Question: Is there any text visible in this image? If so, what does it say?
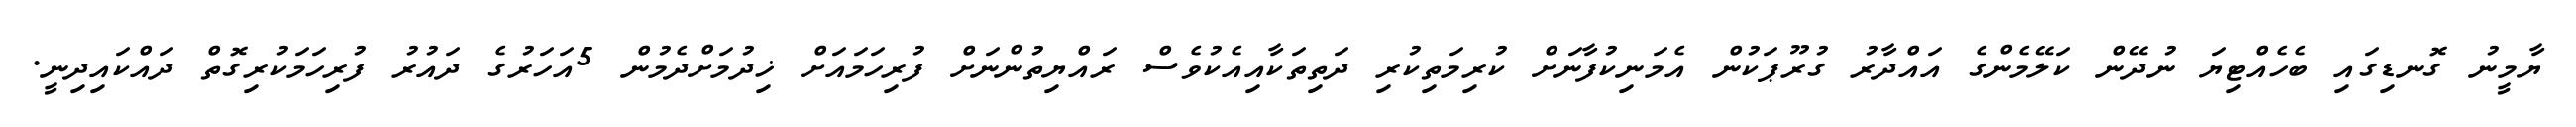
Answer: ޔާމީނު ގޮނޑިގައި ބެހެއްޓިޔަ ނުދޭން ކަލޭމެންގެ އައްދާރު ގުރޫޕަކުން އެމަނިކުފާނަށް ކުރިމަތިކުރި ދަތިތަކާއިއެކުވެސް ރައްޔިތުންނަށް ފުރިހަމައަށް ޚިދުމަށްދެމުން 5އަހަރުގެ ދައުރު ފުރިހަމަކުރިގޮތް ދައްކައިދިނީ.